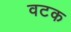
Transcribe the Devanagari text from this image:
वटक